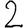
Digit: 2